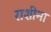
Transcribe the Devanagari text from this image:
राशीना